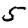
Digit: 5